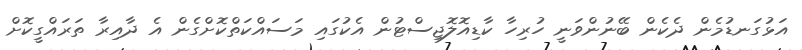
އަޅުގަނޑުމެން ދެކެން ބޭނުންވަނީ ހުރިހާ ކާޑިއޮލޮޖިސްޓުން އެކުގައި މަސައްކަތްކޮށްގެން އެ ދާއިރާ ތަރައްގީކޮށް